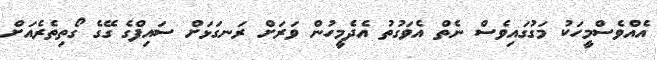
އެއްވެސްމީހަކު މަގުގައިވެސް ނެތް އެވަގުތު އެދެމީހުން ވަރަށް ރަނގަޅަށް ސައިފްގެ ގޭގެ ގޯތިތެރެއަށް